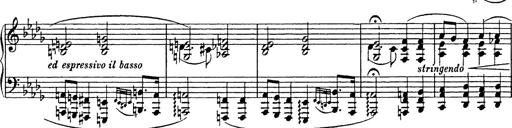
Title: Consolations
Composer: Franz Liszt